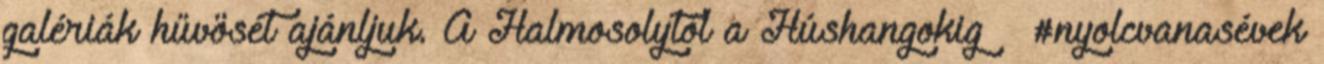
galériák hűvösét ajánljuk. A Halmosolytól a Húshangokig – #nyolcvanasévek